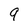
Character: 9